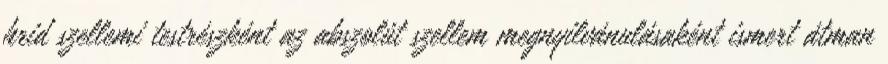
hrid szellemi testrészként az abszolút szellem megnyilvánulásaként ismert átman